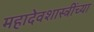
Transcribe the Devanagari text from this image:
महादेवशास्त्रींच्या